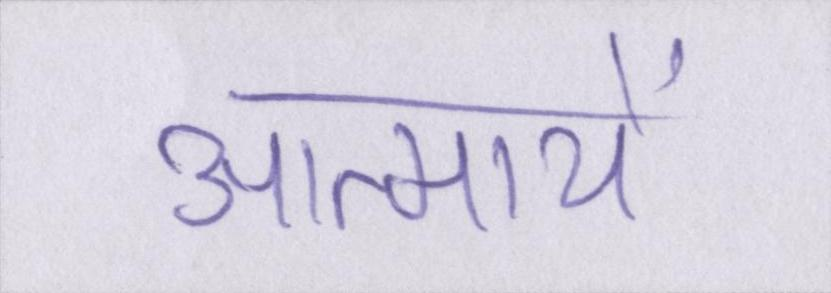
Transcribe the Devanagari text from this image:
आत्मायें